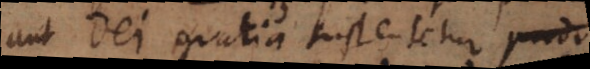
aut Dei gratia sustentetur prona